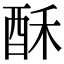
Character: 酥